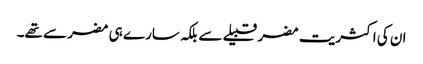
ان کی اکثریت مضر قبیلے سے بلکہ سارے ہی مضر سے تھے۔